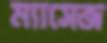
ম্যাসেজ